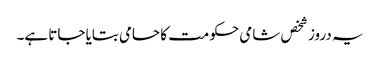
یہ دروز شخص شامی حکومت کا حامی بتایا جاتا ہے۔